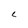
Character: C